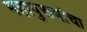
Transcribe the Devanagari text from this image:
महापुरूषांचा